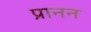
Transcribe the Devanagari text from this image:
प्रानन